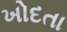
ખોદતા